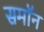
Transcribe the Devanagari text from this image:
समॉन